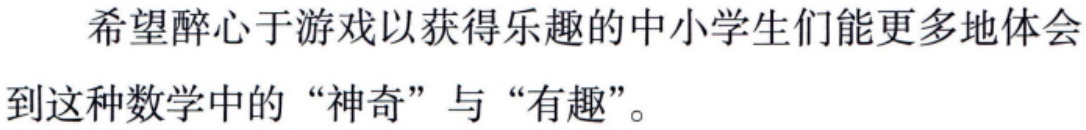
希望醉心于游戏以获得乐趣的中小学生们能更多地体会到这种数学中的“神奇”与“有趣”。